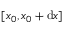
[ x _ { 0 } , x _ { 0 } + \mathrm { d } x ]